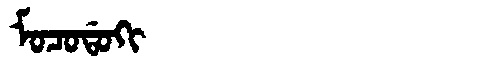
Manchu: ᠮᠣᠴᠣᡩᠣᡴᡳ
Romanization: MOCODOKI